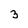
Character: 3